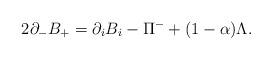
LaTeX: \begin{align*}2 \partial_{-} B_{+} = \partial_i B_i - \Pi^{-} + (1 -\alpha) \Lambda.\end{align*}